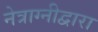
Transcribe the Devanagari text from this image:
नेत्राग्नीद्वारा